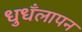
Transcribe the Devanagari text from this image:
धुधँलापन